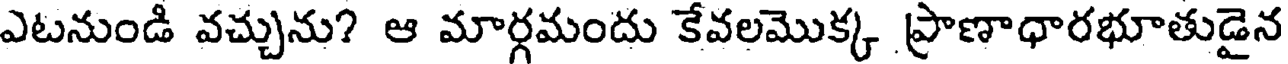
ఎటనుండి వచ్చును? ఆ మార్గమందు కేవలమొక్క ప్రాణాధారభూతుడైన